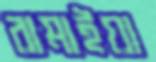
রামাইয়া